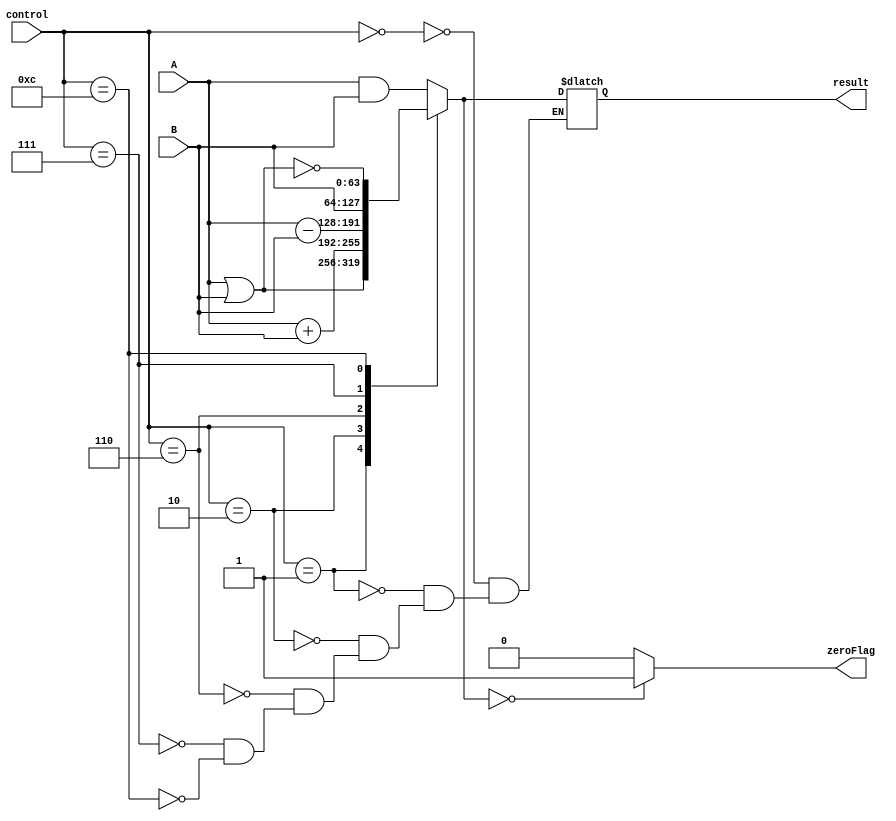
// This program was cloned from: https://github.com/ronitrex/ARMLEG
// License: GNU General Public License v3.0

module ALU
(
	input [63:0] A,
	input [63:0] B,
	input [3:0] control,
	output reg [63:0] result,
	output reg zeroFlag
);

	always @(*) begin
		case (control)
			4'b0000 : result = A & B;
			4'b0001 : result = A | B;
			4'b0010 : result = A + B;
			4'b0110 : result = A - B;
			4'b0111 : result = B;
			4'b1100 : result = ~(A | B);
		endcase

		if (result == 0) begin
			zeroFlag = 1'b1;
		end else begin
			zeroFlag = 1'b0;
		end
	end
endmodule